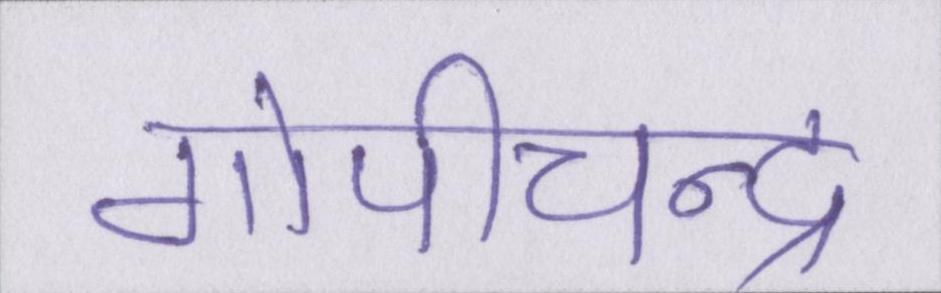
गोपीचन्द्र